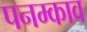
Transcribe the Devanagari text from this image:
पनम्काव